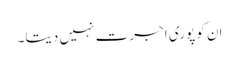
ان کو پوری اجرت نہیں دیتا۔